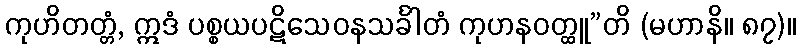
ကုဟိတတ္တံ, ဣဒံ ပစ္စယပဋိသေဝနသင်္ခါတံ ကုဟနဝတ္ထူ”တိ (မဟာနိ။ ၈၇)။